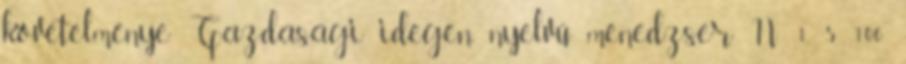
követelménye Gazdasági idegen nyelvű menedzser N 1 5 100